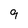
Character: 9